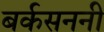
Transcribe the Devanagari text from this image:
बर्कसननी